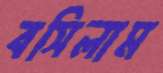
বসিলাম